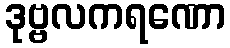
ဒုဗ္ဗလကရဏော